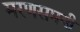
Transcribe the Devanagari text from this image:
मरणसमयी